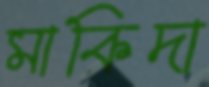
মাকিদা